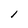
Character: l